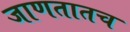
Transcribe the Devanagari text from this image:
जाणतातच